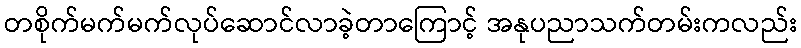
တစိုက်မက်မက်လုပ်ဆောင်လာခဲ့တာကြောင့် အနုပညာသက်တမ်းကလည်း